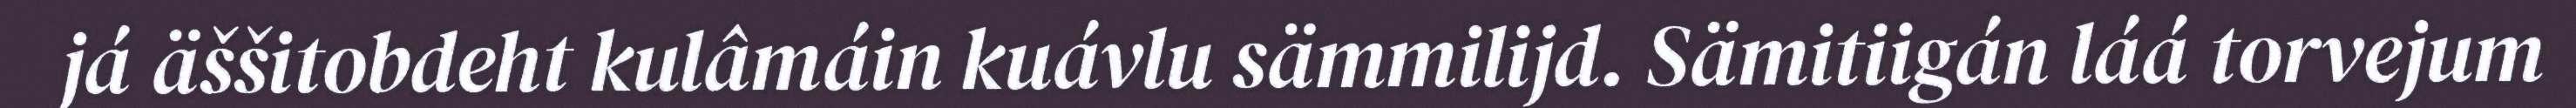
já äššitobdeht kulâmáin kuávlu sämmilijd. Sämitiigán láá torvejum